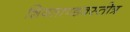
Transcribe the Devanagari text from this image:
शिवताण्डवस्तोत्र